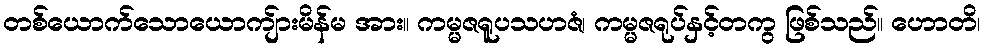
တစ်ယောက်သောယောကျ်ားမိန်မ အား။ ကမ္မဇရူပသဟဇံ၊ ကမ္မဇရုပ်နှင့်တကွ ဖြစ်သည်။ ဟောတိ၊